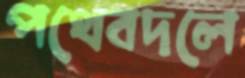
পথেবদলে